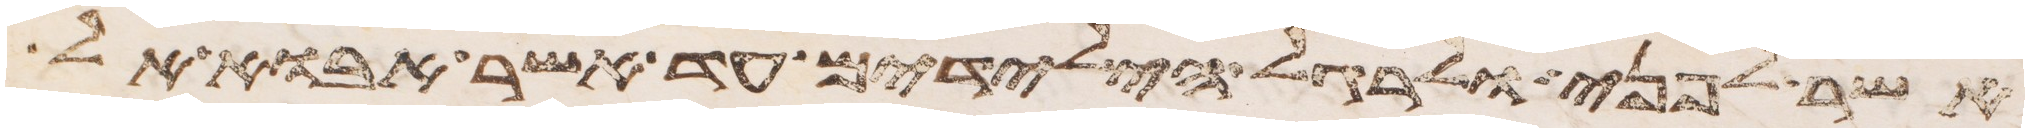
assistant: אשר לפני ולרגל הילדים עד אשר אבוא אל